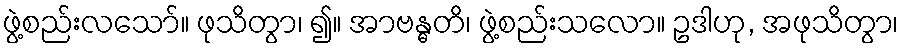
ဖွဲ့စည်းလသော်။ ဖုသိတွာ၊ ၍။ အာဗန္ဓတိ၊ ဖွဲ့စည်းသလော။ ဥဒါဟု, အဖုသိတွာ၊